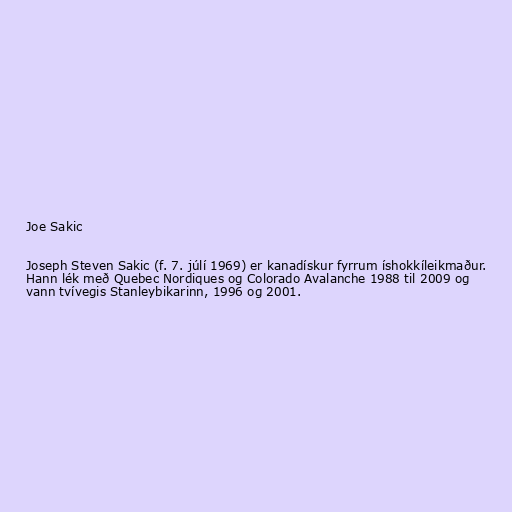
Joe Sakic

Joseph Steven Sakic (f. 7. júlí 1969) er kanadískur fyrrum íshokkíleikmaður.
Hann lék með Quebec Nordiques og Colorado Avalanche 1988 til 2009 og
vann tvívegis Stanleybikarinn, 1996 og 2001.